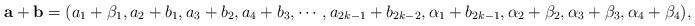
LaTeX: \begin{align*}\mathbf{a}+\mathbf{b}=(a_1+\beta_1,a_2+b_1,a_3+b_2,a_4+b_3,\cdots,a_{2k-1}+b_{2k-2},\alpha_1+b_{2k-1},\alpha_2+\beta_2,\alpha_3+\beta_3,\alpha_4+\beta_4),\end{align*}